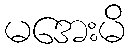
မအေးမိ